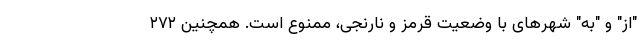
"از" و "به" شهر‌های با وضعیت قرمز و نارنجی، ممنوع است. همچنین ۲۷۲